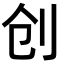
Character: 创